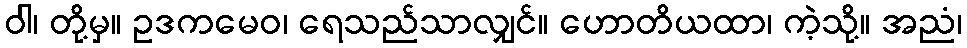
ဝါ၊ တို့မှ။ ဥဒကမေဝ၊ ရေသည်သာလျှင်။ ဟောတိယထာ၊ ကဲ့သို့။ အညံ၊